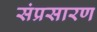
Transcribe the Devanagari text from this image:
संप्रसारण